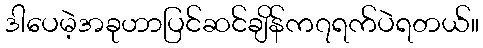
ဒါပေမဲ့အခုဟာပြင်ဆင်ချိန်က၇ရက်ပဲရတယ်။